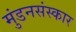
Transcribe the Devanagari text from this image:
मुंडनसंस्कार